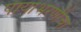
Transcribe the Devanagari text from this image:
पायाभरणीचा